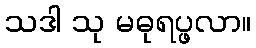
သဒါ သု မဓုရပ္ဖလာ။